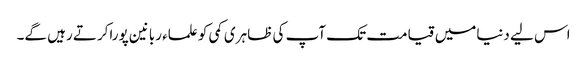
اس لیے دنیامیں قیامت تک آپ کی ظاہری کمی کو علماء ربانین پوراکرتے رہیں گے۔